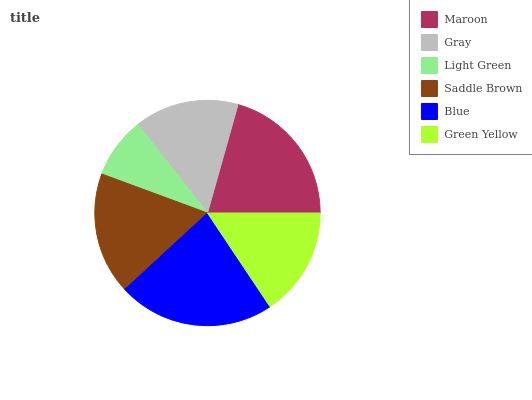
| Maroon | Gray | Light Green | Saddle Brown | Blue | Green Yellow |
 | --- | --- | --- | --- | --- | --- |
 | 20.7% | 15% | 8.77% | 17.5% | 22.4% | 15.6% |